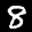
Label: 8